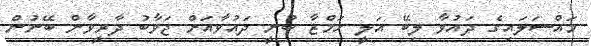
މައްސަލައިގެ ދައުވާ ލިބޭ އަލީ ހަމްޒާ ބުނީ ދައުވާއަށް ޖަވާބު ދާރީވާން ބޭނުން